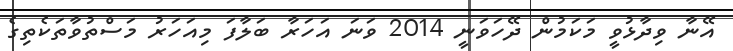
އޭނާ ވިދާޅުވީ މަކަމުން ދޭހަވަނީ 2014 ވަނަ އަހަރާ ބަލާފަ މިއަހަރު މަސްތުވާތަކެތިގެ